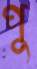
পু